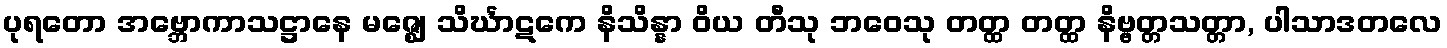
ပုရတော အဗ္ဘောကာသဋ္ဌာနေ မဇ္ဈေ သိင်္ဃာဋကေ နိသိန္နာ ဝိယ တီသု ဘဝေသု တတ္ထ တတ္ထ နိဗ္ဗတ္တသတ္တာ, ပါသာဒတလေ